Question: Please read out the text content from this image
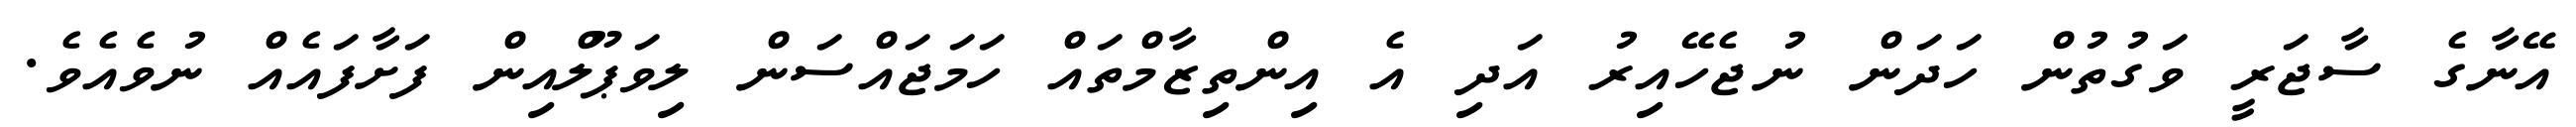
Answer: އޭނާގެ ސާޖަރީ ވަގުތުން ހަދަން ނުޖެހޭއިރު އަދި އެ އިންތިޒާމްތައް ހަމަޖައްސަން ލިވަޕޫލްއިން ފަށާފައެއް ނުވެއެވެ.